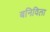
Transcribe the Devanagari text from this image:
बनिविला